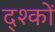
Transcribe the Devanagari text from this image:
द्श्कों